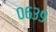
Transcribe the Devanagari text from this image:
०६३९